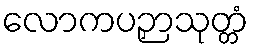
လောကပဉှာသုတ္တံ